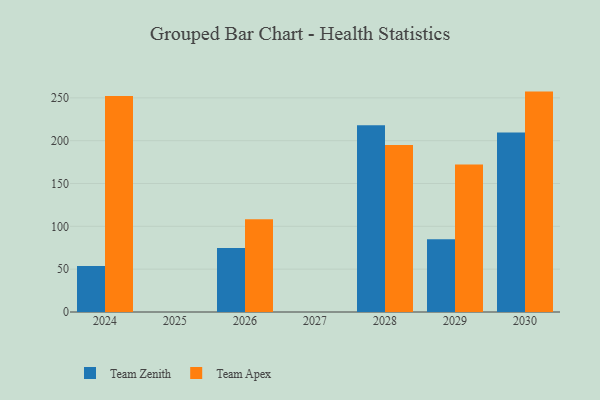
{"axis": {"x": "Year", "y": "Page Views"}, "legend": ["Team Apex", "Team Zenith"], "data": [{"x": "2024", "y": 53.8, "type": "Team Zenith"}, {"x": "2024", "y": 252.2, "type": "Team Apex"}, {"x": "2029", "y": 84.8, "type": "Team Zenith"}, {"x": "2029", "y": 172.3, "type": "Team Apex"}, {"x": "2026", "y": 74.7, "type": "Team Zenith"}, {"x": "2026", "y": 108.3, "type": "Team Apex"}, {"x": "2030", "y": 209.5, "type": "Team Zenith"}, {"x": "2030", "y": 257.3, "type": "Team Apex"}, {"x": "2028", "y": 218.1, "type": "Team Zenith"}, {"x": "2028", "y": 195.0, "type": "Team Apex"}]}